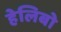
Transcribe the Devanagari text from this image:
हेलिबो